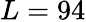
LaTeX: L=94